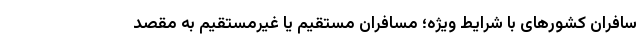
سافران کشورهای با شرایط ویژه؛ مسافران مستقیم یا غیرمستقیم به مقصد